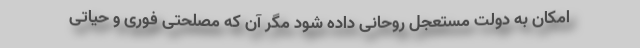
امکان به دولت مستعجل روحانی داده شود مگر آن که مصلحتی فوری و حیاتی